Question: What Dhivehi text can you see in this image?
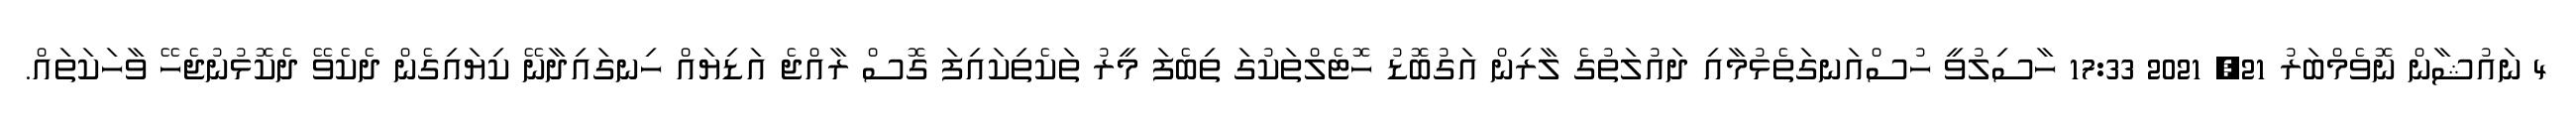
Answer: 4 ނައުޝާން ނޮވެމްބަރު 21, 2021 17:33 ހާސިލުވީ ހުސްއަނގަތެޅުމާއި ދައުލަތުގެ ލާރިން އަގުބޮޑު ހޮޓެލްތަކުގަ ތިބެފަ މީރު ތަކެތިކައިފަ ގޮސް ރާއްޖެ އަޑިޔައް ހިނގައިދާނޭ ކިޔައިގެން ދެކެވޭ ދެކޮޅުނުޖެހޭ ވާހަކަތައް.